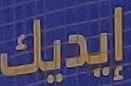
إيديك